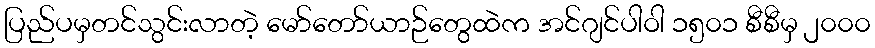
ပြည်ပမှတင်သွင်းလာတဲ့ မော်တော်ယာဉ်တွေထဲက အင်ဂျင်ပါဝါ ၁၅၀၁ စီစီမှ ၂၀၀၀